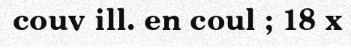
couv ill. en coul ; 18 x